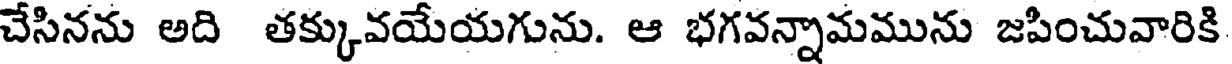
చేసినను అది తక్కువయేయగును. ఆ భగవన్నామమును జపించువారికి